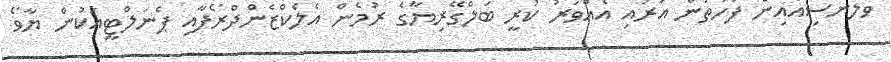
ވެލެންސިއާއިން ފަހަތުން އަރައި އެއްވަރު ކުރީ ބަލްގޭރިޔާގެ ރުމެން އެލެކްޒެންދްރޯފާއި ޕެނަލްޓީއަކުން ޔާވޯ